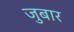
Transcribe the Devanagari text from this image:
जुबार